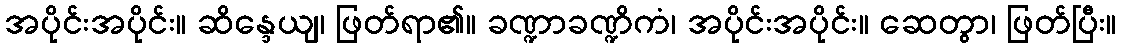
အပိုင်းအပိုင်း။ ဆိန္ဒေယျ၊ ဖြတ်ရာ၏။ ခဏ္ဍာခဏ္ဍိကံ၊ အပိုင်းအပိုင်း။ ဆေတွာ၊ ဖြတ်ပြီး။